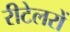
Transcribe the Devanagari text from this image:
रीटेलरों